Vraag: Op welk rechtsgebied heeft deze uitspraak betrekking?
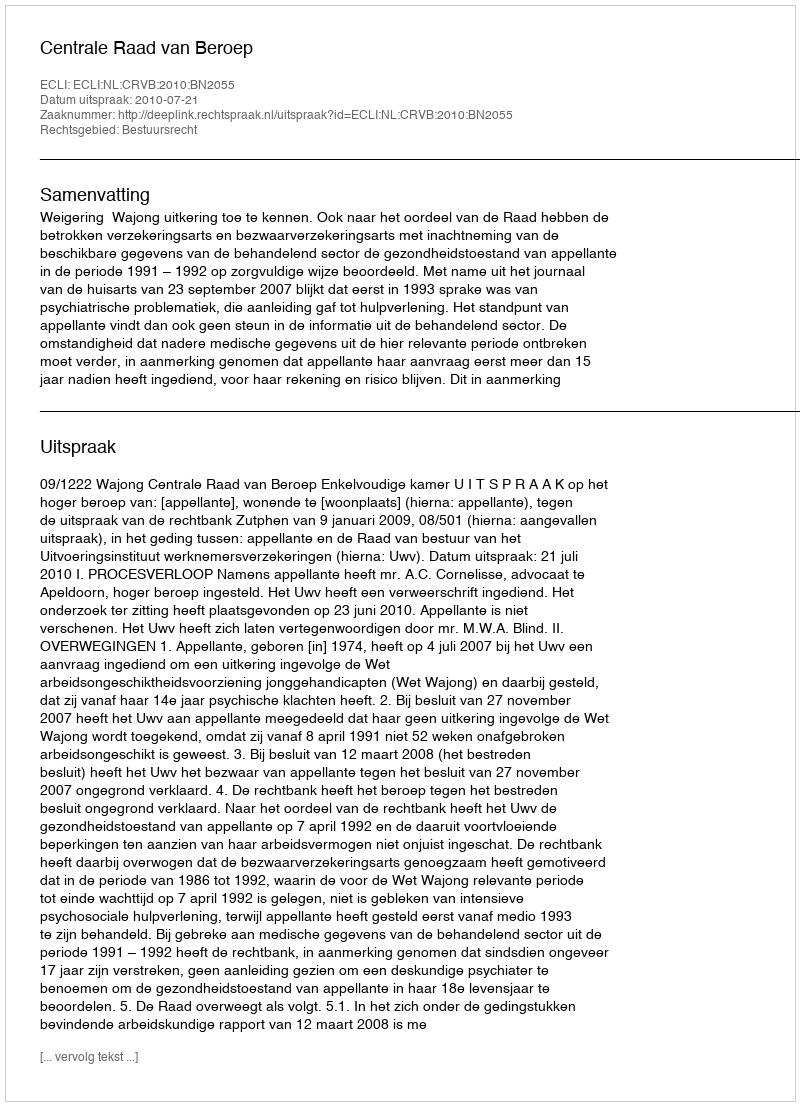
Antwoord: Bestuursrecht